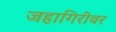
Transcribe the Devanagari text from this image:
जहागिरीवर